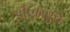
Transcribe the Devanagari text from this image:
डीएनएचे